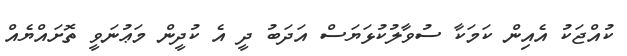
ކުއްޖަކު އެއިން ކަމަކާ ސުވާލުކުޅަޔަސް އަދަބު ދީ އެ ކުދީން މަޢުނަވީ ތޮށައްޔެއް